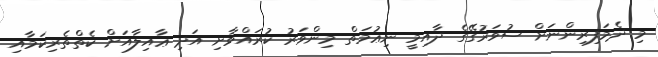
މި ދެމަފިރިންނަށް ސުވަރުގޭގެ ދާއިމީ ނިޢުމަތް މިންވަރު ކުރައްވާށި އަދި ޢާއިލާއަށް ކެތްތެރިކަމާއި